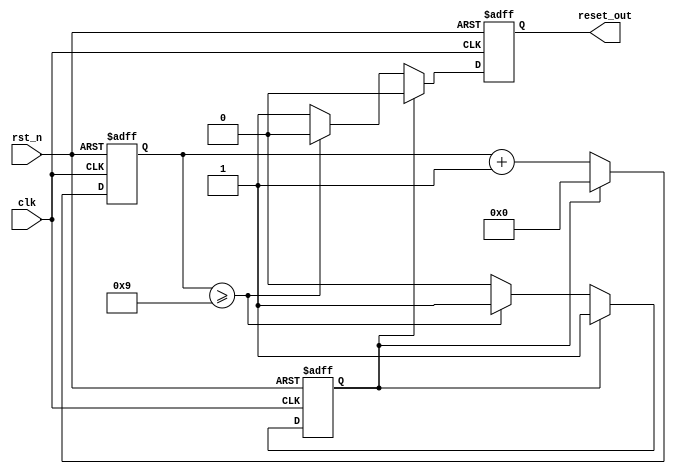
module PowerOnReset (
    input wire clk,           // Clock signal
    input wire rst_n,        // Active-low external reset signal
    output reg reset_out      // Output reset signal
);

// Parameter to define the number of clock cycles for Power-On Reset duration
parameter POR_DURATION = 10; // Adjust this value as necessary

// Internal signal to track the counter
reg [3:0] counter; // Counter width should accommodate POR_DURATION

// State definition
reg por_active;

always @(posedge clk or negedge rst_n) begin
    if (!rst_n) begin
        // If external reset is active, assert reset_out
        reset_out <= 1'b1;
        por_active <= 1'b0; // Ensure we are not in power-on reset phase
        counter <= 0; // Reset the counter
    end else begin
        // Handle the Power-On Reset behavior
        if (!por_active) begin
            // Start the POR process
            reset_out <= 1'b1; // Assert reset
            counter <= counter + 1; // Increment counter
            if (counter >= POR_DURATION - 1) begin
                // If the counter reaches the defined duration
                reset_out <= 1'b0; // De-assert reset
                por_active <= 1'b1; // Move to normal operation
            end
        end else begin
            // If we are past the Power-On Reset duration
            reset_out <= 1'b0; // Ensure reset_out remains de-asserted
            counter <= 0; // Optionally reset the counter for future use if needed
        end
    end
end

endmodule